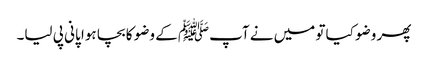
پھر وضو کیا تو میں نے آپﷺ کے وضو کا بچا ہوا پانی پی لیا۔